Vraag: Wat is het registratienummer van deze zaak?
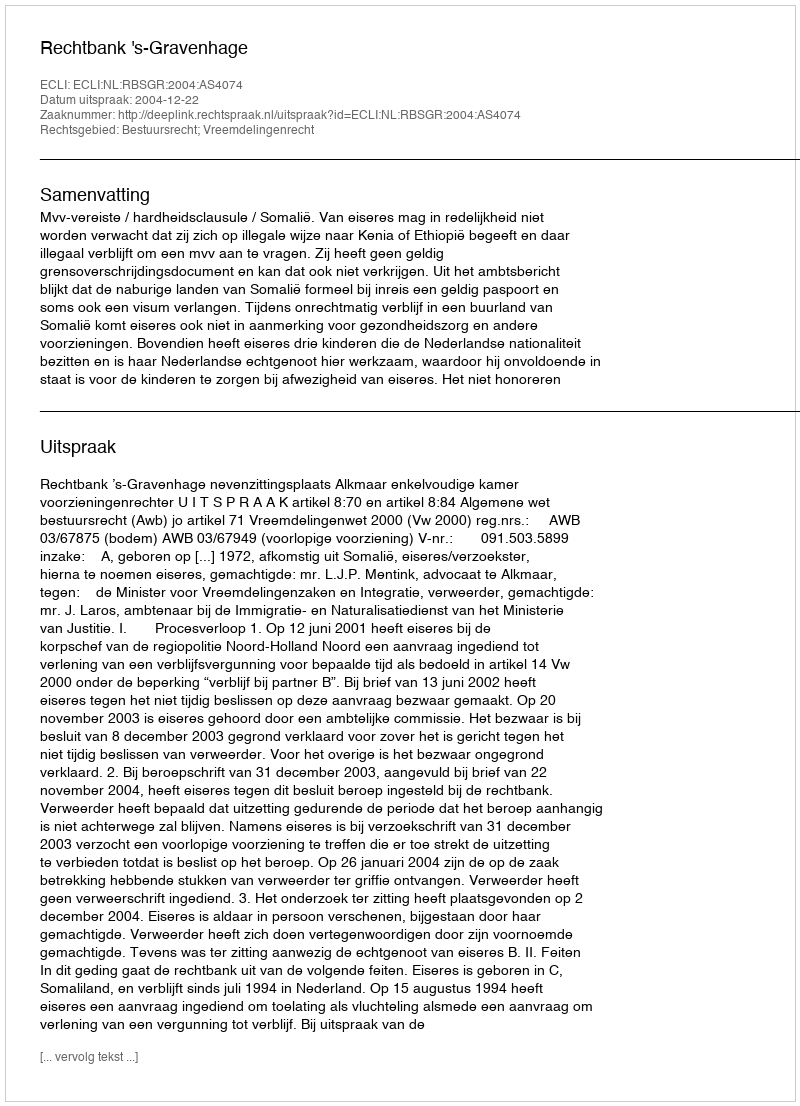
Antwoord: http://deeplink.rechtspraak.nl/uitspraak?id=ECLI:NL:RBSGR:2004:AS4074